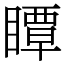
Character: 瞫